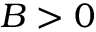
B > 0